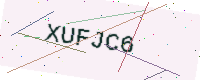
Text: XUFJC6